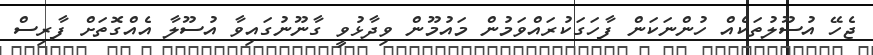
ޖެހޭ އުސޫލުތަކެއް ހުންނަކަން ފާހަގަކުރައްވަމުން މައުމޫން ވިދާޅުވީ ގާނޫނުގައިވާ އުސޫލާ އެއްގޮތަށް ފާރިސް